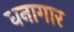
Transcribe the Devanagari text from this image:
धनागार